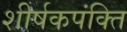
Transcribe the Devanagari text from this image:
शीर्षकपंक्ति